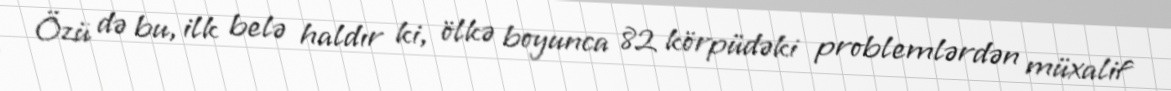
Özü də bu, ilk belə haldır ki, ölkə boyunca 82 körpüdəki problemlərdən müxalif